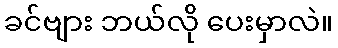
ခင်ဗျား ဘယ်လို ပေးမှာလဲ။